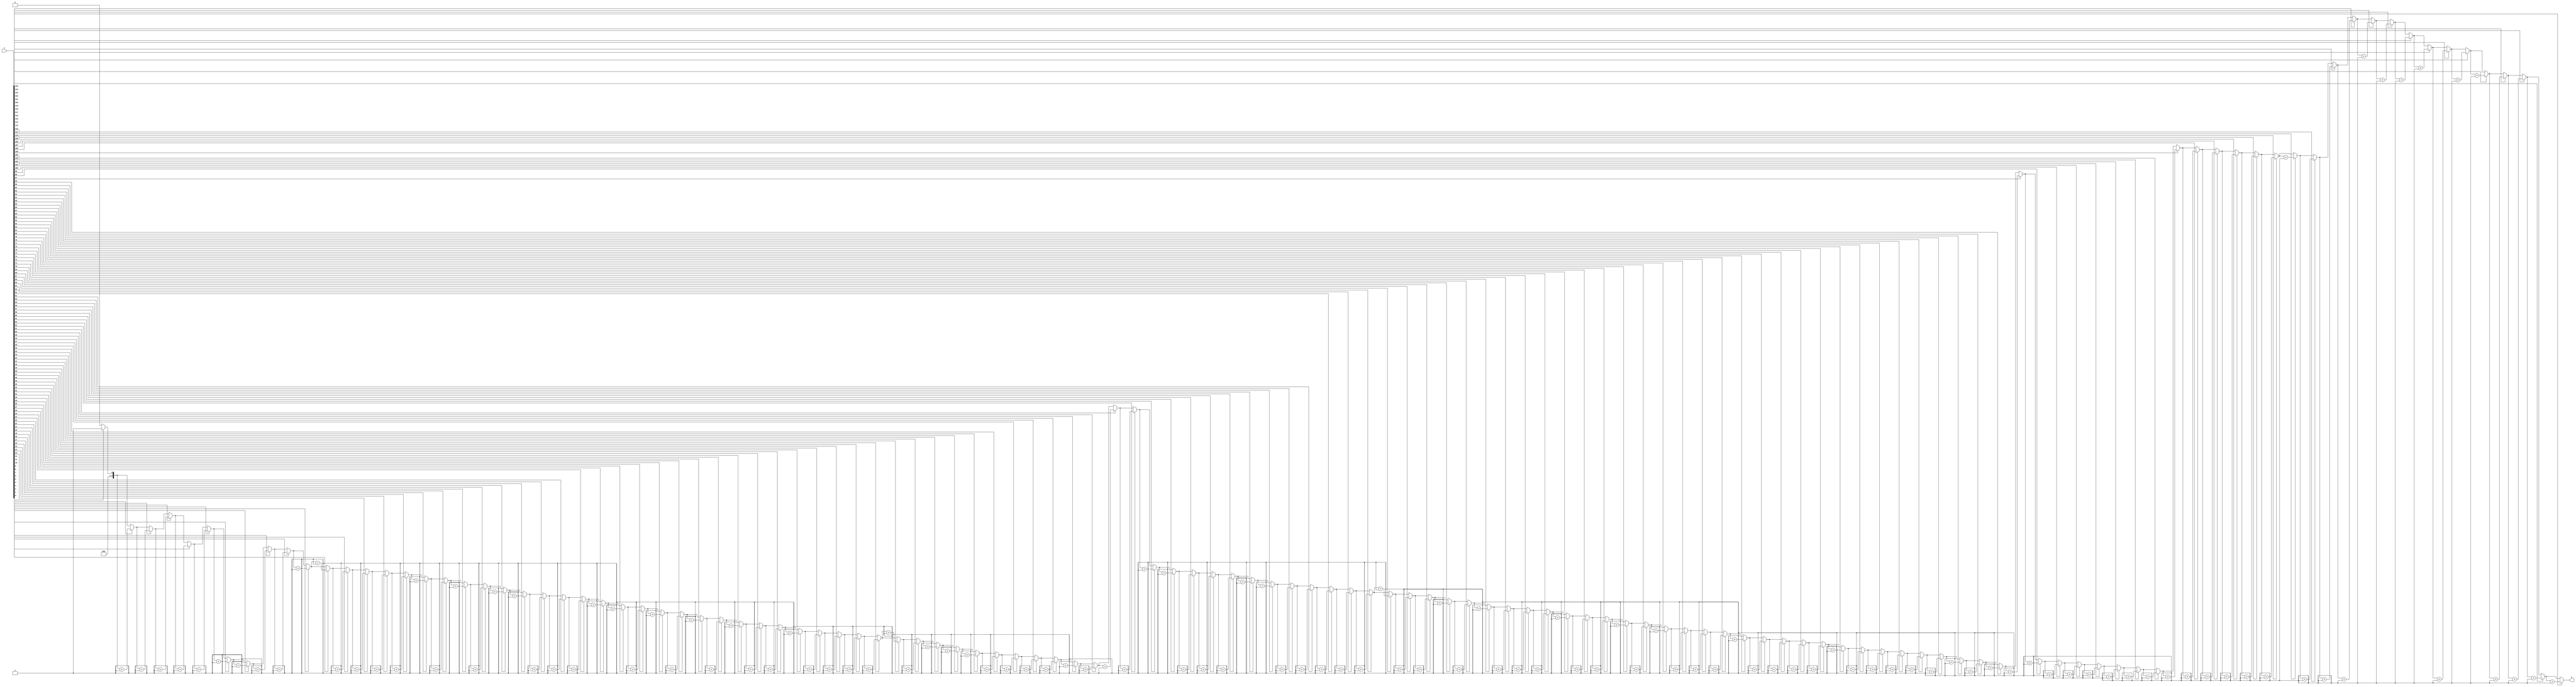
`timescale 1ns/1ns

module ones_counter(input [126:0] i, output reg [6:0] S);
	reg  [15:0] n;
	always @(i) begin
		#630 S=7'b0;
		for (n=0;n<126;n=n+1)begin
			if(i[n])S=S+1;
		end
	end
endmodule